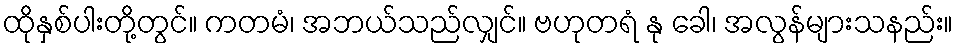
ထိုနှစ်ပါးတို့တွင်။ ကတမံ၊ အဘယ်သည်လျှင်။ ဗဟုတရံ နု ခေါ၊ အလွန်များသနည်း။